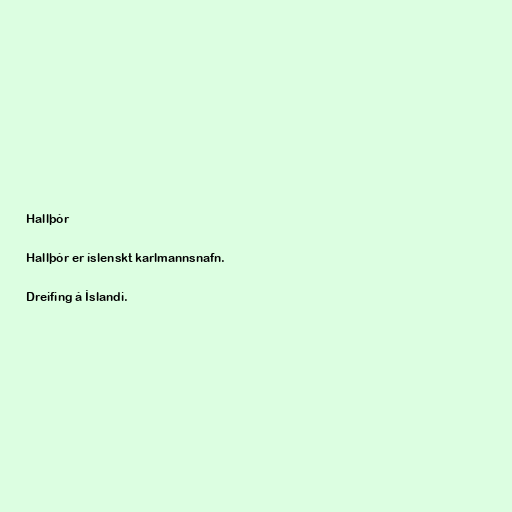
Hallþór

Hallþór er íslenskt karlmannsnafn.

Dreifing á Íslandi.